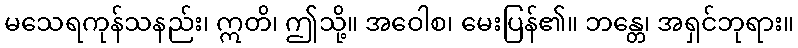
မသေရကုန်သနည်း၊ ဣတိ၊ ဤသို့။ အဝေါစ၊ မေးပြန်၏။ ဘန္တေ၊ အရှင်ဘုရား။